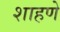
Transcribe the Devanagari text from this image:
शाहणे